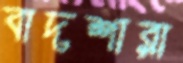
বাদশারা